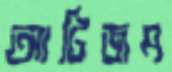
আটিজম